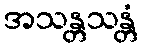
အသန္တသန္တံ